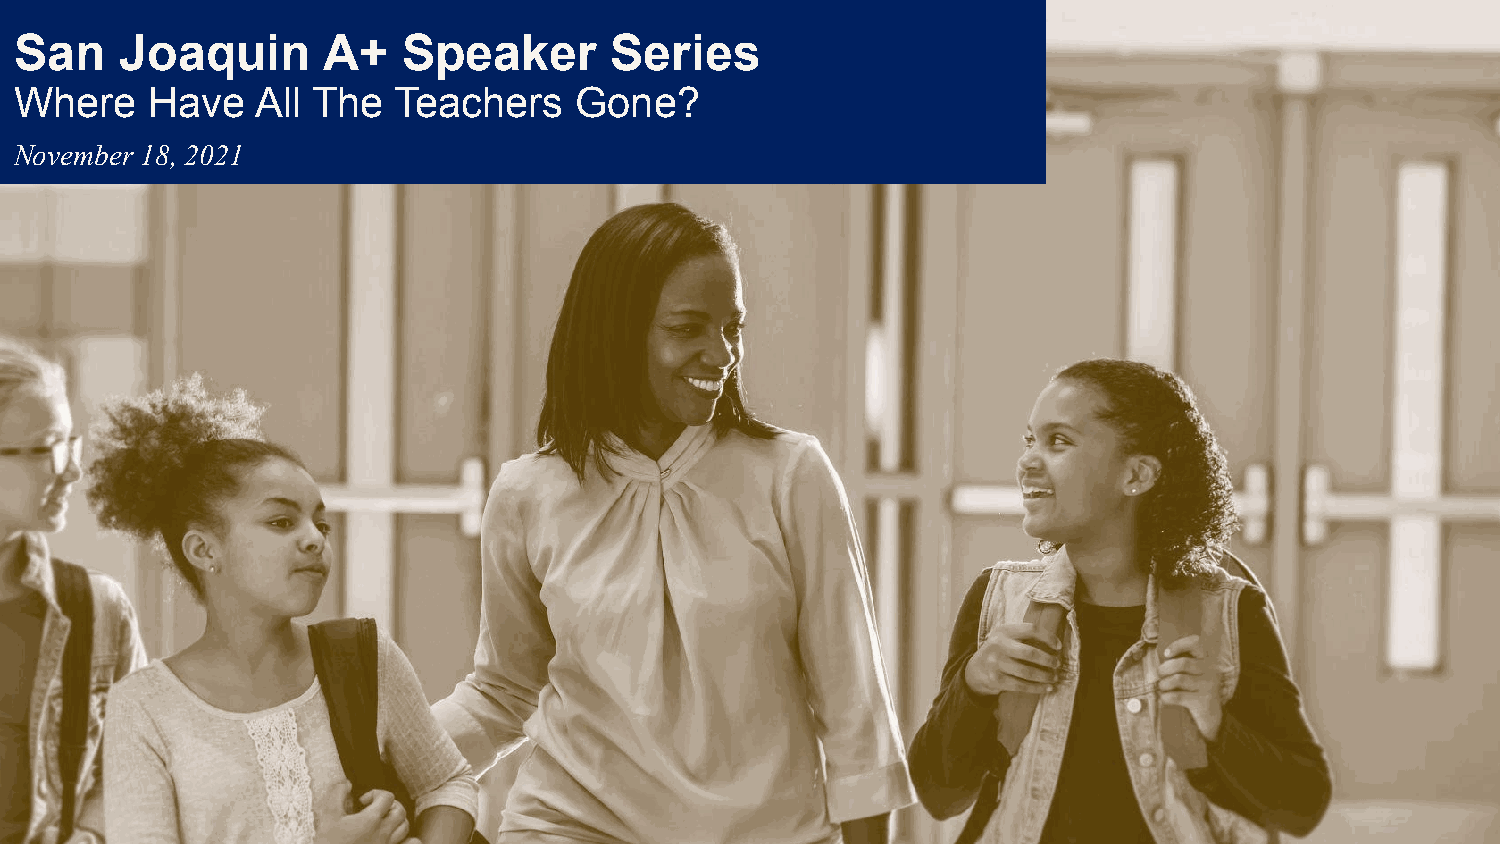
San    Joaquin      A+    Speaker      Series
 Where    Have   All The  Teachers    Gone?
 November 18, 2021